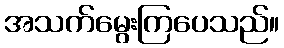
အသက်မွေးကြပေသည်။